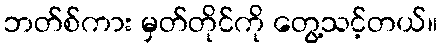
ဘတ်စ်ကား မှတ်တိုင်ကို တွေ့သင့်တယ်။